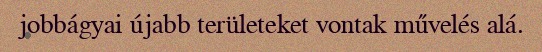
jobbágyai újabb területeket vontak művelés alá.